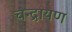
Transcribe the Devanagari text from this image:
चन्द्रायण